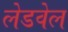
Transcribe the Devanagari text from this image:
लेडवेल